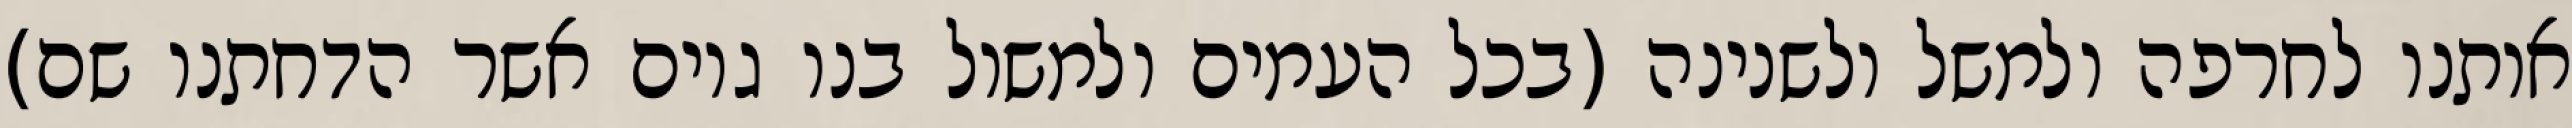
אותנו לחרפה ולמשל ולשנינה (בכל העמים ולמשול בנו גוים אשר הדחתנו שם)